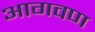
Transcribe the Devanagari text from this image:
आगवण